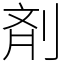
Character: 剤